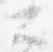
公